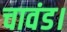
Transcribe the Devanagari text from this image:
चावंड।